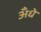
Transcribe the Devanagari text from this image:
अँधे